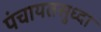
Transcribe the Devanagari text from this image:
पंचायतसुध्दा